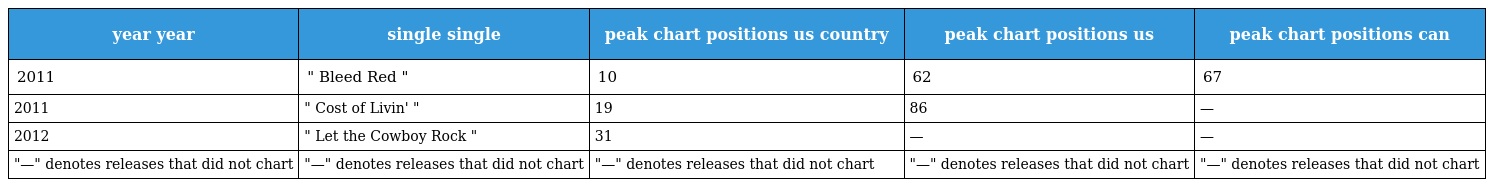
| year year | single single | peak chart positions us country | peak chart positions us | peak chart positions can |
 | --- | --- | --- | --- | --- |
 | 2011 | " Bleed Red " | 10 | 62 | 67 |
 | 2011 | " Cost of Livin' " | 19 | 86 | — |
 | 2012 | " Let the Cowboy Rock " | 31 | — | — |
 | "—" denotes releases that did not chart | "—" denotes releases that did not chart | "—" denotes releases that did not chart | "—" denotes releases that did not chart | "—" denotes releases that did not chart |